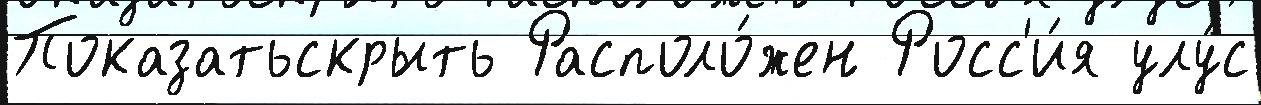
Показатьскрыть Располо́жен Росс'и́я улу́с